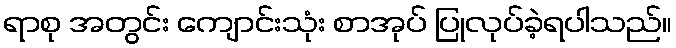
ရာစု အတွင်း ကျောင်းသုံး စာအုပ် ပြုလုပ်ခဲ့ရပါသည်။